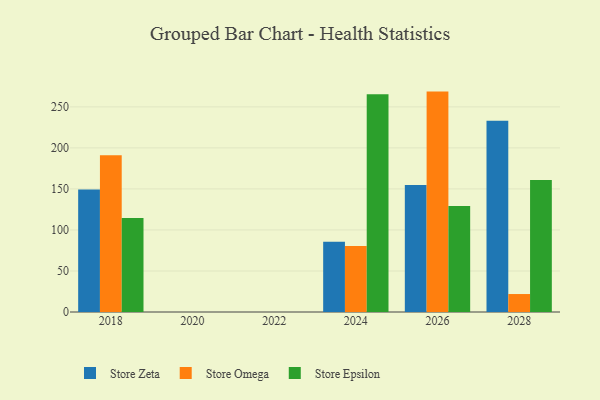
{"axis": {"x": "Year", "y": "LTV (USD)"}, "legend": ["Store Epsilon", "Store Omega", "Store Zeta"], "data": [{"x": "2028", "y": 233.2, "type": "Store Zeta"}, {"x": "2028", "y": 21.9, "type": "Store Omega"}, {"x": "2028", "y": 160.9, "type": "Store Epsilon"}, {"x": "2026", "y": 154.8, "type": "Store Zeta"}, {"x": "2026", "y": 268.6, "type": "Store Omega"}, {"x": "2026", "y": 129.3, "type": "Store Epsilon"}, {"x": "2018", "y": 149.4, "type": "Store Zeta"}, {"x": "2018", "y": 191.1, "type": "Store Omega"}, {"x": "2018", "y": 114.5, "type": "Store Epsilon"}, {"x": "2024", "y": 85.5, "type": "Store Zeta"}, {"x": "2024", "y": 80.5, "type": "Store Omega"}, {"x": "2024", "y": 265.5, "type": "Store Epsilon"}]}